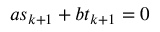
a s _ { k + 1 } + b t _ { k + 1 } = 0